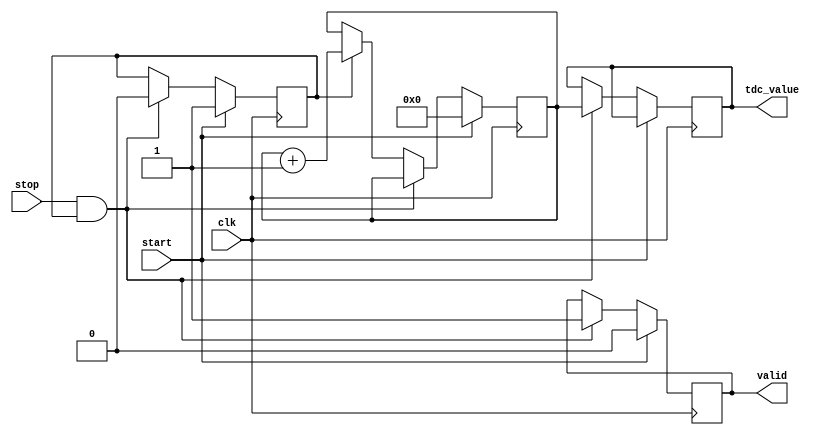
module TDC (
    input wire clk,               // Clock signal
    input wire start,             // Start signal
    input wire stop,              // Stop signal
    output reg [15:0] tdc_value,  // Measured time interval in clock cycles
    output reg valid              // Indicates valid measurement
);
    // Parameters
    parameter MEMORY_SIZE = 16;   // Size of the memory block
    reg [15:0] memory [0:MEMORY_SIZE-1]; // Memory block
    reg [3:0] write_pointer;       // Pointer for writing to memory
    reg counting;                  // Flag to indicate counting state
    reg [15:0] counter;            // Counter for clock cycles

    // Initialize memory and pointers
    initial begin
        write_pointer = 0;
        valid = 0;
        counter = 0;
        tdc_value = 0;
        counting = 0;
    end

    // Counter and control logic
    always @(posedge clk) begin
        if (start) begin
            // Reset counter and start counting
            counter <= 0;
            counting <= 1;
            valid <= 0; // Reset valid flag
        end
        else if (stop && counting) begin
            // Stop counting and store the count value
            counting <= 0;
            tdc_value <= counter;
            memory[write_pointer] <= counter; // Store in memory
            write_pointer <= (write_pointer + 1) % MEMORY_SIZE; // Circular buffer
            valid <= 1; // Set valid flag
        end
        else if (counting) begin
            // Increment counter if counting
            counter <= counter + 1;
        end
    end

endmodule